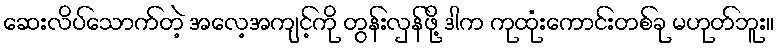
ဆေးလိပ်သောက်တဲ့ အလေ့အကျင့်ကို တွန်းလှန်ဖို့ ဒါက ကုထုံးကောင်းတစ်ခု မဟုတ်ဘူး။